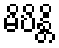
မိဎိန္တိ